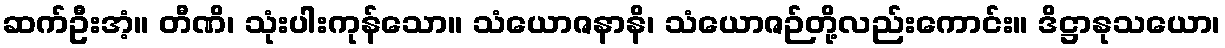
ဆက်ဦးအံ့။ တီဏိ၊ သုံးပါးကုန်သော။ သံယောဇနာနိ၊ သံယောဇဉ်တို့လည်းကောင်း။ ဒိဋ္ဌာနုသယော၊